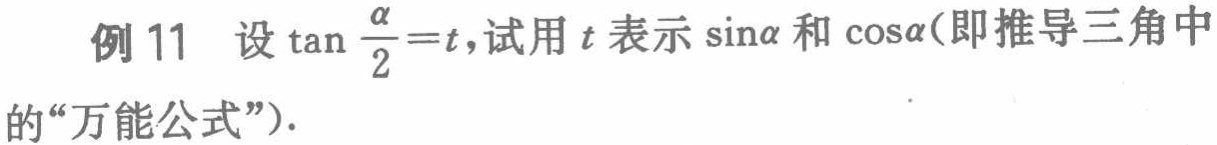
例 11 设\(\tan\frac{\alpha}{2}=t\)，试用\(t\)表示\(\sin\alpha\)和\(\cos\alpha\)（即推导三角中的“万能公式”）.